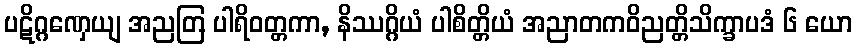
ပဋိဂ္ဂဏှေယျ အညတြ ပါရိဝတ္တကာ, နိဿဂ္ဂိယံ ပါစိတ္တိယံ အညာတကဝိညတ္တိသိက္ခာပဒံ ၆ ယော